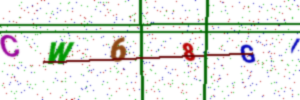
Text: CW68GI